system: You are a helpful assistant.
user:
Analyze the provided spectrum to determine if it is a **S-type Star**.

- **Key Indicators for S-type Star:**

    - **(Overall Spectrum Shape):** The first and most obvious characteristic is the overall continuum (the "baseline" shape). It is **extremely "red-sloping,"** meaning the flux (light intensity) is very low on the left side (blue, ~4000-4500 Å) and rises steeply and continuously toward the right side (red, ~7000 Å+).

    - **(Primary):** The spectrum is defined by the presence of strong, broad molecular absorption "valleys" (bands) from **Zirconium Oxide (ZrO)**. The identification of these bands is the **primary requirement** for classifying a star as S-type.
        - **(Key Bandheads):** You must find distinct, deep "dips" where the light has been absorbed. The most critical band systems to locate are:
            - **~6474 Å** ($\gamma$-system): This is often the strongest and clearest ZrO feature, found in the red part of the spectrum.
            - **~5718 Å** & **~5551 Å** ($\beta$-system): A pair of prominent absorption features in the yellow-orange part of the spectrum.
            - **~4640 Å** ($\alpha$-system): A key absorption band system in the blue-green region of the spectrum.

    - **(Secondary Confirmation):** The classification is strengthened by finding additional absorption bands from other related heavy element oxides, which are expected to be present alongside ZrO.
        - **(Key Bandheads):**
            - **Yttrium Oxide (YO):** Look for absorption dips near **~4800 Å** and **~6100 Å**.
            - **Lanthanum Oxide (LaO):** Additional absorption features, particularly in the red-orange part of the spectrum, are also characteristic.

    - **(Line Profile):** The combination of the steep red continuum and these numerous, deep molecular bands (ZrO, YO, etc.) gives the entire spectrum a very **"chopped-up"** or **"bumpy"** appearance. Instead of a smooth curve, the spectrum looks as though large, wide chunks of light have been "carved out" of it at the specific wavelengths listed above.

Think first, call **spectral_visualization_tool** if needed to examine features in detail, then provide your final answer. Your response must adhere to the following strict rules:
1.  **Overall Structure:** Your response must follow the format `<think>...</think> <tool_call>...</tool_call> (if a tool is used) <answer>...</answer>`.
2.  **Tool Usage Constraint:** You may only make **one** tool call per turn.
3.  **Final Answer Format:** In the `<answer>` tag, your conclusion must be inside a `\boxed{}` command (e.g., `\boxed{YES}` or `\boxed{NO}`), followed by your justification.

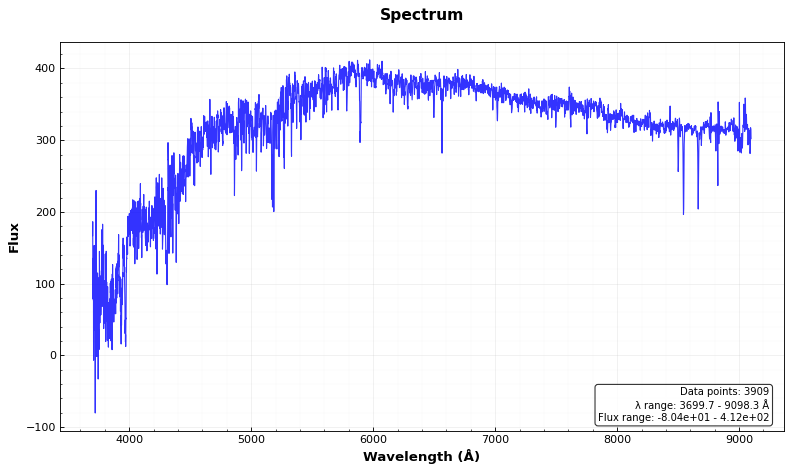
Answer: NO